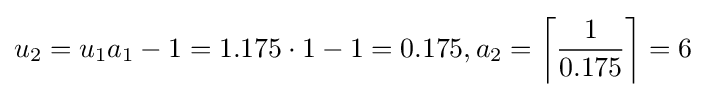
u_{2}=u_{1}a_{1}-1=1.175\cdot 1-1=0.175,a_{2}=\left\lceil {\frac {1}{0.175}}\right\rceil =6